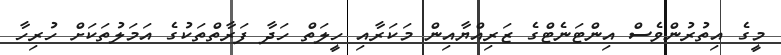
މީގެ އިތުރުންވެސް އިންޓަނެޓްގެ ޒަރިއްޔާއިން މަކަރާއި ހީލަތް ހަދާ ފަރާތްތަކުގެ އަމަލުތަކަށް ހުރިހާ